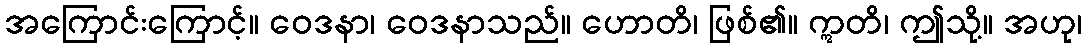
အကြောင်းကြောင့်။ ဝေဒနာ၊ ဝေဒနာသည်။ ဟောတိ၊ ဖြစ်၏။ ဣတိ၊ ဤသို့။ အဟု၊